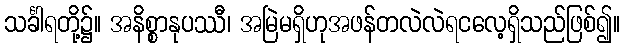
သင်္ခါရတို့၌။ အနိစ္စာနုပဿီ၊ အမြဲမရှိဟုအဖန်တလဲလဲရငလေ့ရှိသည်ဖြစ်၍။